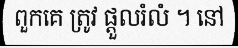
ពួកគេ ត្រូវ ផ្តួលរំលំ ។ នៅ